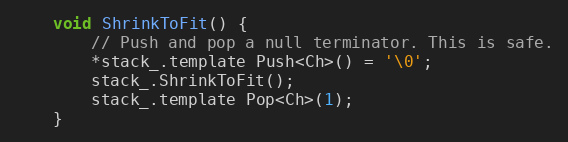
Language: C
    void ShrinkToFit() {
        // Push and pop a null terminator. This is safe.
        *stack_.template Push<Ch>() = '\0';
        stack_.ShrinkToFit();
        stack_.template Pop<Ch>(1);
    }